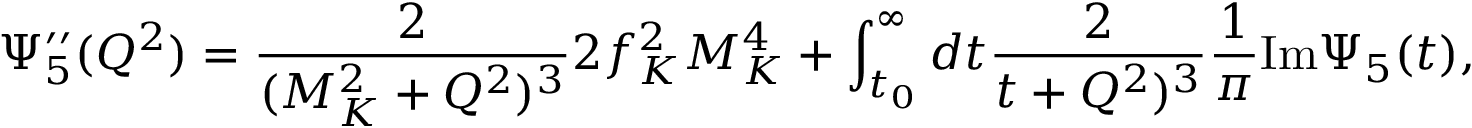
\Psi _ { 5 } ^ { \prime \prime } ( Q ^ { 2 } ) = \frac { 2 } { ( M _ { K } ^ { 2 } + Q ^ { 2 } ) ^ { 3 } } 2 f _ { K } ^ { 2 } M _ { K } ^ { 4 } + \int _ { t _ { 0 } } ^ { \infty } d t \frac { 2 } { t + Q ^ { 2 } ) ^ { 3 } } \frac { 1 } { \pi } \mathrm { I m } \Psi _ { 5 } ( t ) ,